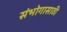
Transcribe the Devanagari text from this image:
संभोगासाठी